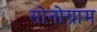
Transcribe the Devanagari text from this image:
सोनोग्राम